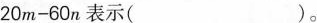
$$2 0 m - 6 0 n$$表示()。